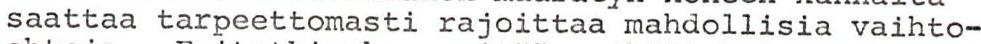
saattaa tarpeettomasti rajoittaa mahdollisia vaihto-